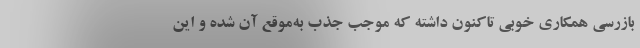
بازرسی همکاری خوبی تاکنون داشته که موجب جذب به‌موقع آن شده و این